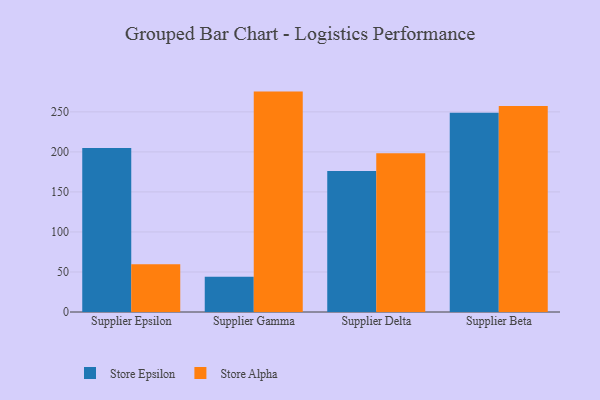
{"axis": {"x": "Supplier", "y": "Latency (ms)"}, "legend": ["Store Alpha", "Store Epsilon"], "data": [{"x": "Supplier Epsilon", "y": 204.7, "type": "Store Epsilon"}, {"x": "Supplier Epsilon", "y": 59.8, "type": "Store Alpha"}, {"x": "Supplier Gamma", "y": 44.0, "type": "Store Epsilon"}, {"x": "Supplier Gamma", "y": 275.3, "type": "Store Alpha"}, {"x": "Supplier Delta", "y": 176.0, "type": "Store Epsilon"}, {"x": "Supplier Delta", "y": 198.2, "type": "Store Alpha"}, {"x": "Supplier Beta", "y": 249.0, "type": "Store Epsilon"}, {"x": "Supplier Beta", "y": 257.2, "type": "Store Alpha"}]}